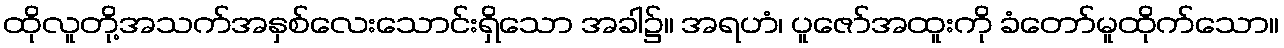
ထိုလူတို့အသက်အနှစ်လေးသောင်းရှိသော အခါ၌။ အရဟံ၊ ပူဇော်အထူးကို ခံတော်မူထိုက်သော။